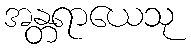
အန္တရာယေသု